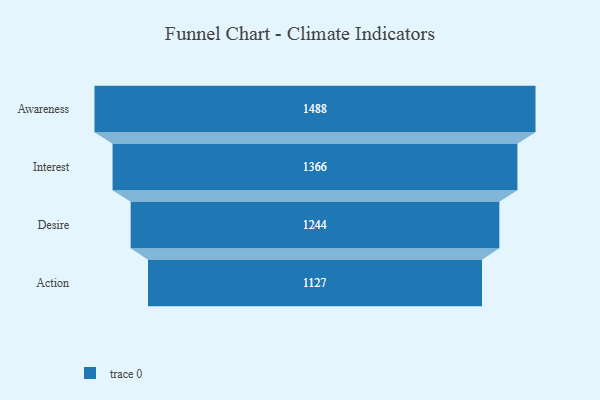
{"axis": {"x": "Stage", "y": "Value"}, "legend": [""], "data": [{"x": "Awareness", "y": 1488.0, "type": ""}, {"x": "Interest", "y": 1366.0, "type": ""}, {"x": "Desire", "y": 1244.0, "type": ""}, {"x": "Action", "y": 1127.0, "type": ""}]}